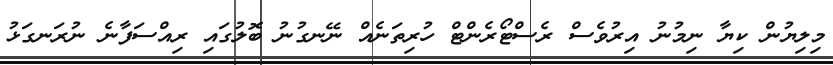
މިލިޔުން ކިޔާ ނިމުނު އިރުވެސް ރެސްޓޯރެންޓް ހުރިތަނެއް ނޭނގުނު ބޮލުގައި ރިއްސަފާނެ ނުރަނގަޅު